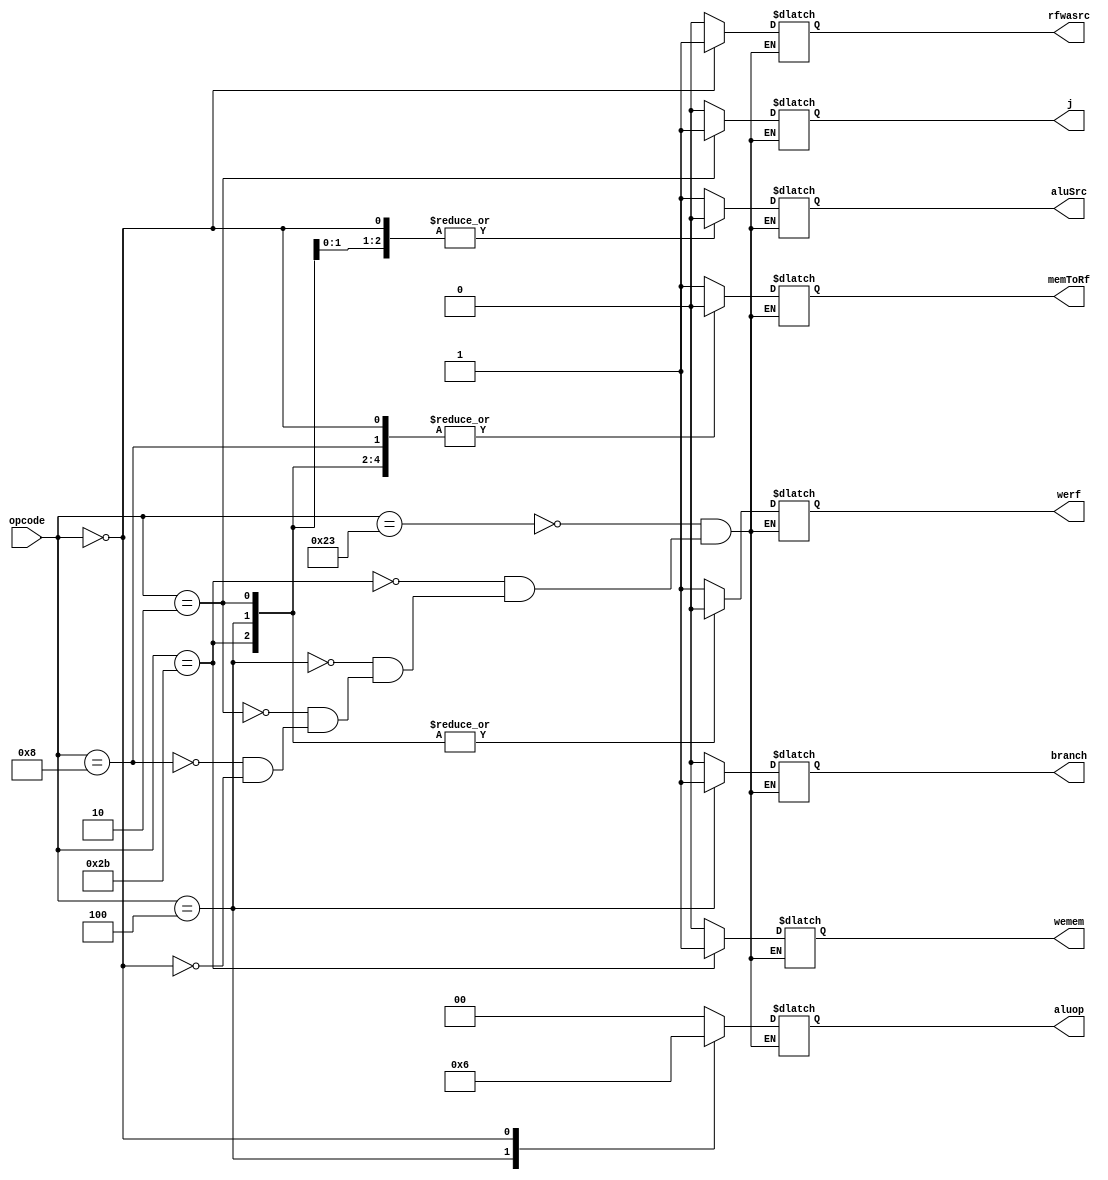
module main_decoder(
	input wire [5:0] opcode,
	
	output reg wemem,
	output reg werf,
	output reg branch,
	output reg rfwasrc,
	output reg memToRf,
	output reg aluSrc,
	output reg[1:0] aluop,
	output reg j
);
	always @* begin
		case(opcode)
			//lw
			6'b100_011: begin
				werf 	<= 1;
				rfwasrc <= 0;
				aluSrc <= 1;
				branch 	<= 0;
				wemem 	<= 0;
				memToRf <= 1;
				aluop 	<= 2'b00;
				j 		<= 0;
			end //lw
			
			//sw
			6'b101_011: begin
				werf 	<= 0;
				rfwasrc <= 0;
				aluSrc <= 1;
				branch 	<= 0;
				wemem 	<= 1;
				memToRf <= 0;
				aluop 	<= 2'b00;
				j 		<= 0;
			end //sw

			//beq
			6'b000_100: begin
				werf 	<= 0;
				rfwasrc <= 0;
				aluSrc <= 0;
				branch 	<= 1;
				wemem 	<= 0;
				memToRf <= 0;
				aluop 	<= 2'b01;
				j 		<= 0;
			end //beq

			//j
			6'b000_010: begin
				werf 	<= 0;
				rfwasrc <= 0;
				aluSrc <= 0;
				branch 	<= 0;
				wemem 	<= 0;
				memToRf <= 0;
				aluop 	<= 2'b00;
				j 		<= 1;
			end //j

			//addi
			6'b001_000: begin
				werf 	<= 1;
				rfwasrc <= 0;
				aluSrc <= 1;
				branch 	<= 0;
				wemem 	<= 0;
				memToRf <= 0;
				aluop 	<= 2'b00;
				j 		<= 0;
			end //addi

			//R-type
			6'b000_000: begin
				werf 	<= 1;
				rfwasrc <= 1;
				aluSrc <= 0;
				branch 	<= 0;
				wemem 	<= 0;
				memToRf <= 0;
				aluop 	<= 2'b10;
				j 		<= 0;
			end //R-type
		endcase
	end
endmodule